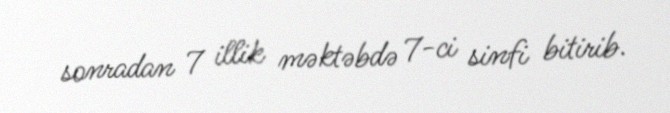
sonradan 7 illik məktəbdə 7-ci sinfi bitirib.